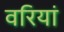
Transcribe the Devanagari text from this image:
वरियां